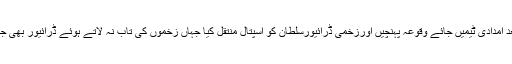
واقعے کے فوری بعد امدادی ٹیمیں جائے وقوعہ پہنچیں اورزخمی ڈرائیورسلطان کو اسپتال منتقل کیا جہاں زخموں کی تاب نہ لاتے ہوئے ڈرائیور بھی جان کی بازی ہار گیا۔